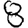
Digit: 8